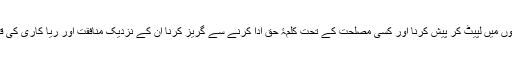
الفاظ کو فرغلوں میں لپیٹ کر پیش کرنا اور کسی مصلحت کے تحت کلمۂ حق ادا کرنے سے گریز کرنا ان کے نزدیک منافقت اور ریا کاری کی قبیح مثال ہے۔